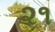
૨૧